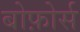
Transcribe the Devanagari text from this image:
बोफ़ोर्स